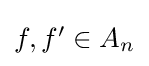
{\textstyle f,f'\in A_{n}}